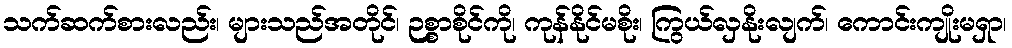
သက်ဆက်စားလည်း၊ များသည်အတိုင်၊ ဉစ္စာစိုင်ကို၊ ကုန်နိုင်မစိုး၊ ကြွယ်လှနိုးလျက်၊ ကောင်းကျိုးမရှာ၊